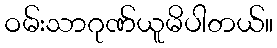
ဝမ်းသာဂုဏ်ယူမိပါတယ်။